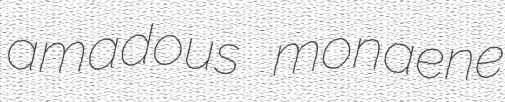
amadous monaene